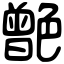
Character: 䒏